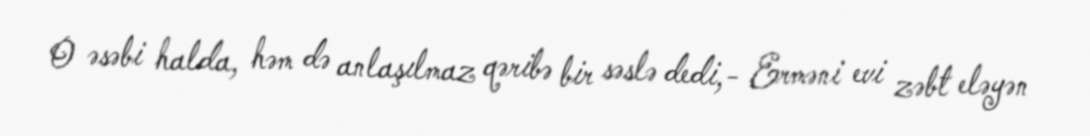
O əsəbi halda, həm də anlaşılmaz qəribə bir səslə dedi,- Erməni evi zəbt eləyən